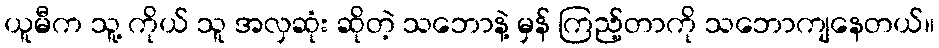
ယူမီက သူ့ ကိုယ် သူ အလှဆုံး ဆိုတဲ့ သဘောနဲ့ မှန် ကြည့်တာကို သဘောကျနေတယ်။